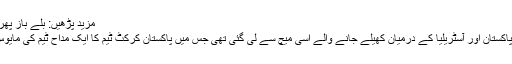
مزید پڑھیں: بلے باز پھر ناکام، پاکستان کو ورلڈ کپ میں آسٹریلیا سے شکست
یہ تصویر برطانیہ کے علاقے ٹاؤنٹن کے میدان میں پاکستان اور آسٹریلیا کے درمیان کھیلے جانے والے اسی میچ سے لی گئی تھی جس میں پاکستان کرکٹ ٹیم کا ایک مداح ٹیم کی مایوس کن کارکردگی پر اپنے افسوس کا اظہار کررہا ہے۔